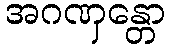
အဂဏှန္တော